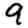
Digit: 9